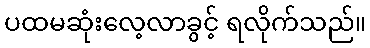
ပထမဆုံးလေ့လာခွင့် ရလိုက်သည်။